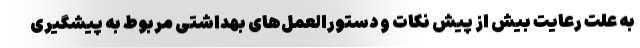
به علت رعایت بیش از پیش نکات و دستورالعمل‌های بهداشتی مربوط به پیشگیری